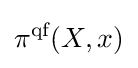
\pi ^{\text{qf}}(X,x)